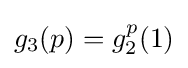
g_{3}(p)=g_{2}^{p}(1)